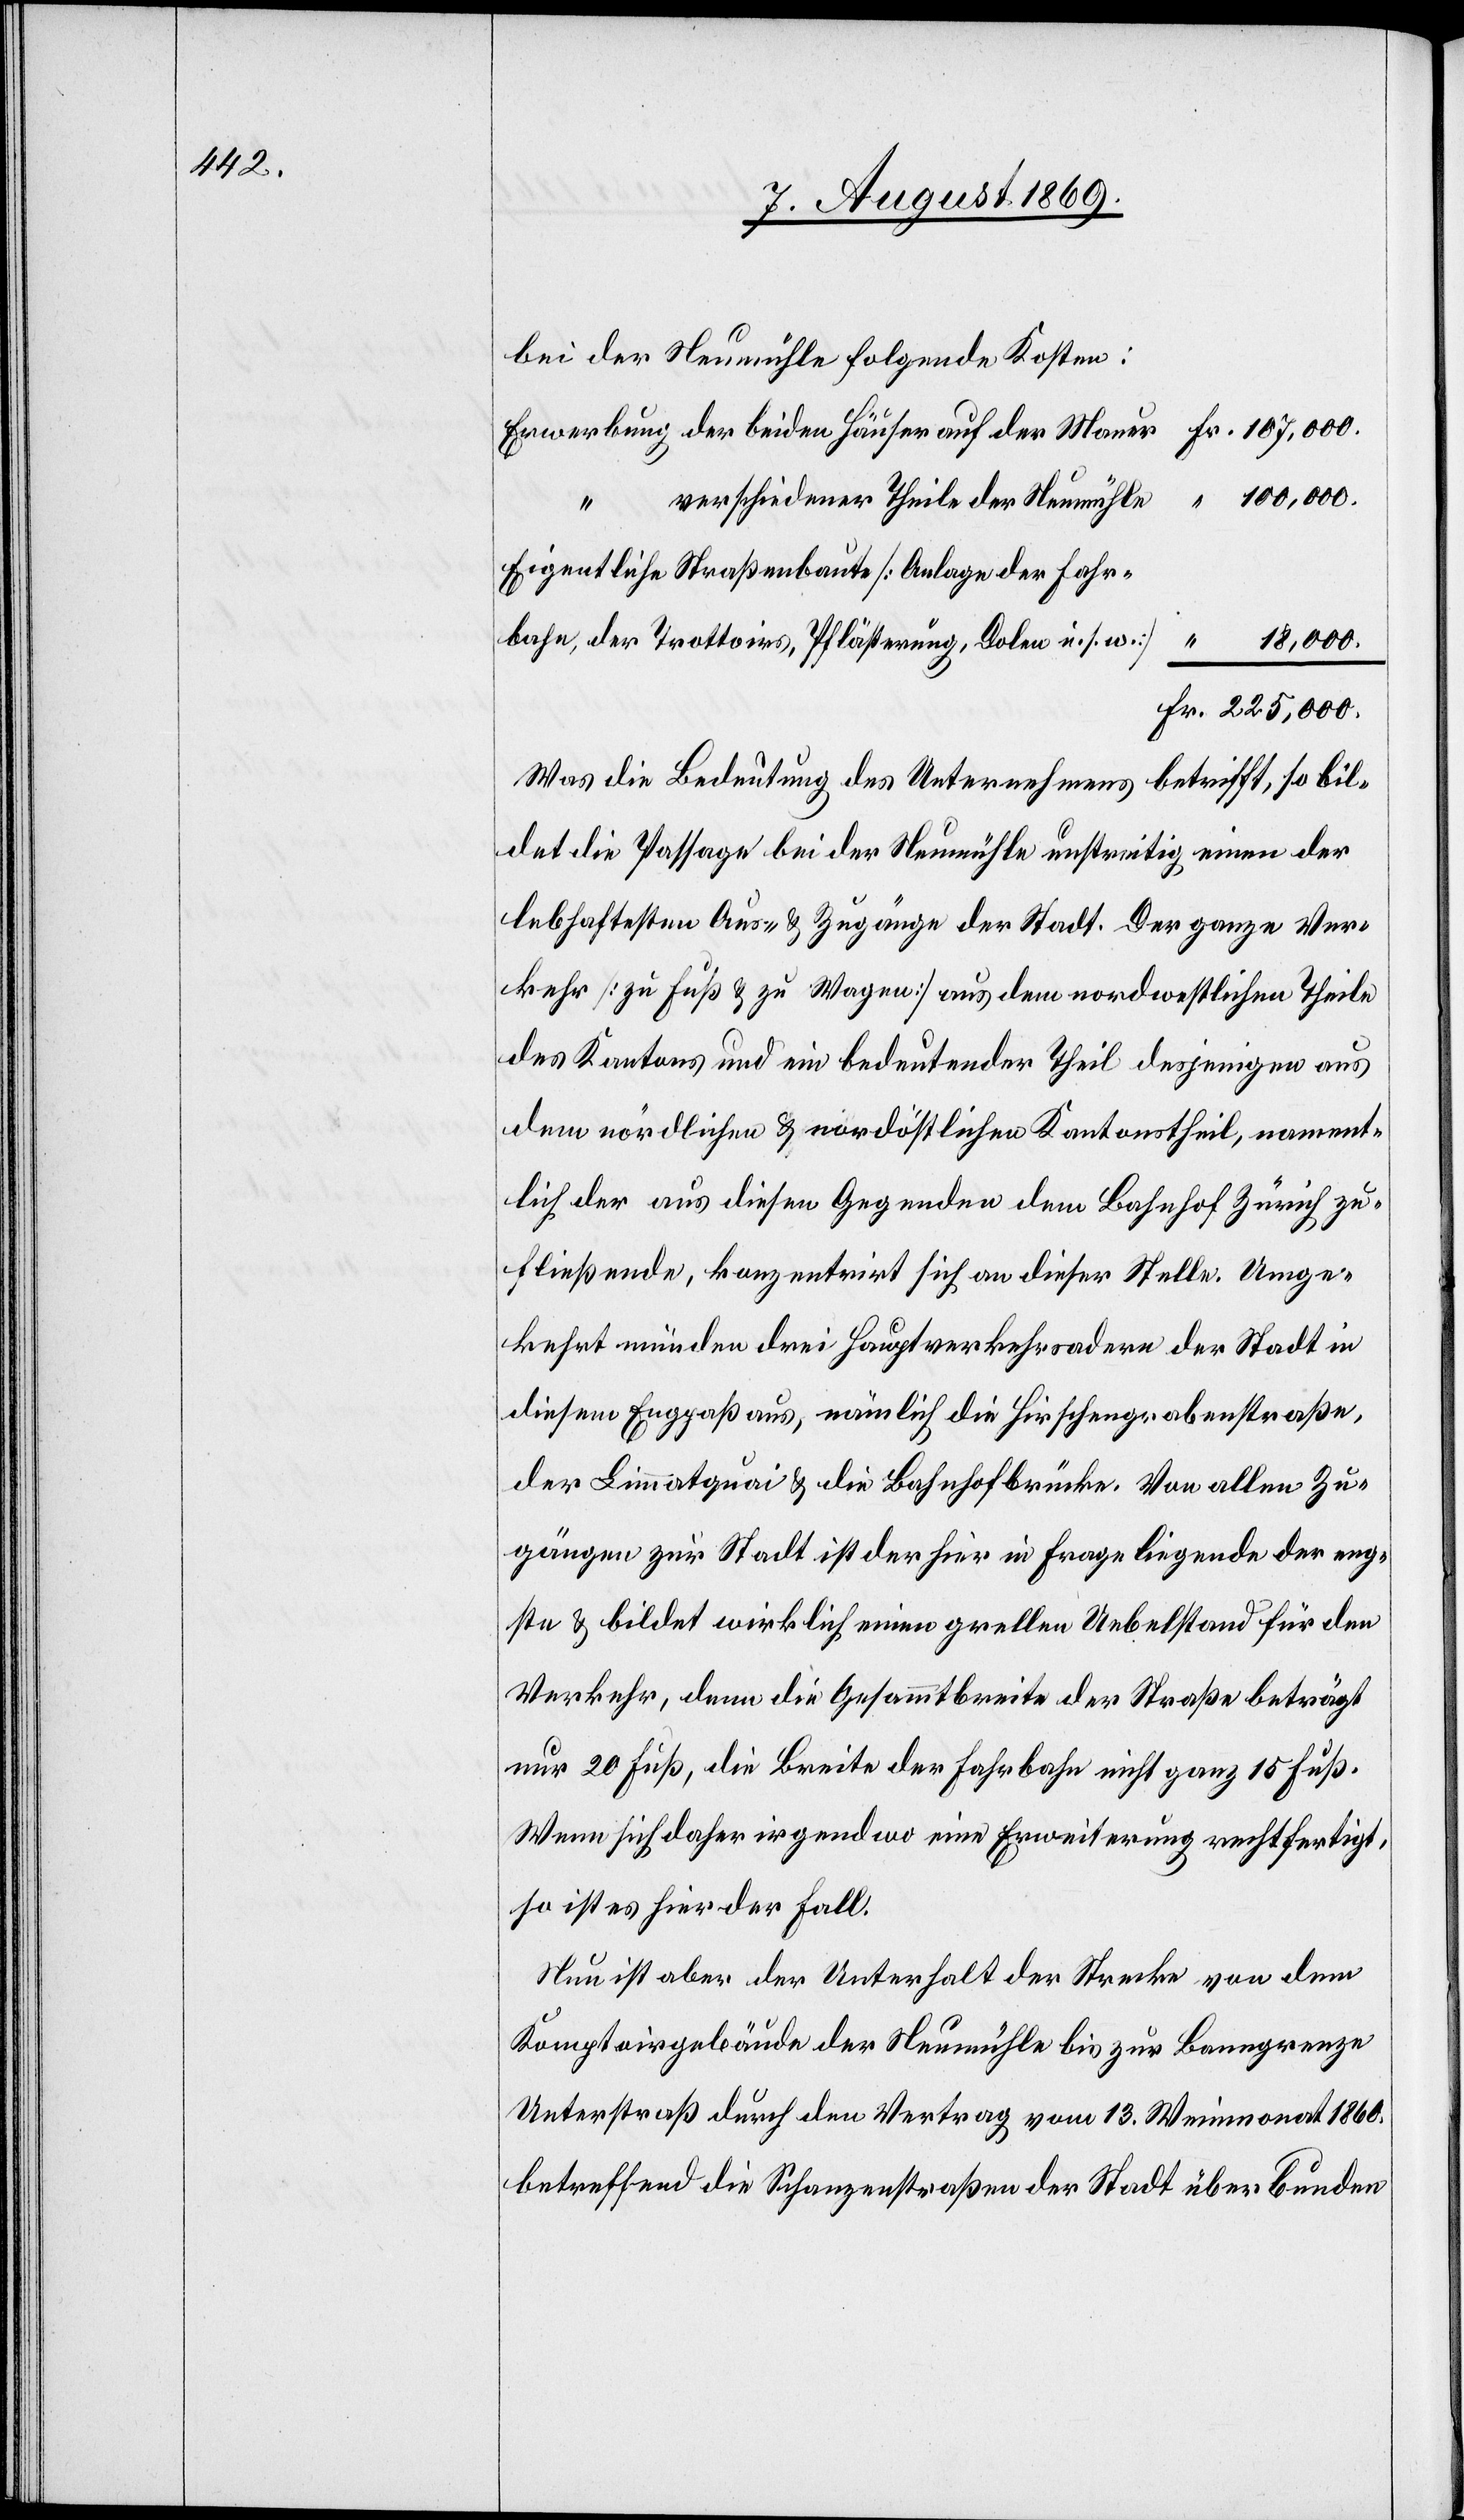
bei der Neumühle folgende Kosten:
Fr. 107,000.
Erwerbung der beiden Häuser auf der Mauer
100,000.
verschiedener Theile der Neumühle
Eigentliche Straßenbaute [Anlage der Fahr¬
ich
bahn, der Trottoirs, Pflästerung, Dolen u. s. w.]
18,000.
Fr. 225,000.
Was die Bedeutung des Unternehmens betrifft, so bil¬
det die Passage bei der Neumühle unstreitig einen der
lebhaftesten Aus- & Zugänge der Stadt. Der ganze Ver¬
kehr [zu Fuß & zu Wagen] aus dem nordwestlichen Theile
des Kantons und ein bedeutender Theil desjenigen aus
dem nördlichen & nordöstlichen Kantonstheil, namentl¬
auch der aus diesen Gegenden dem Bahnhof Zürich zu¬
fließende, konzentrirt sich an dieser Stelle. Umge¬
kehrt münden drei Hauptverkehrsadern der Stadt in
diesem Engpaß aus, nämlich die Hirschengrabenstraße,
der Limmatquai & die Bahnhofbrücke. Von allen Zu¬
gängen zur Stadt ist der hier in Frage liegende der eng¬
ste & bildet wirklich einen grellen Uebelstand für den
Verkehr, denn die Gesammtbreite der Straße beträgt
nur 20 Fuß, die Breite der Fahrbahn nicht ganz 15 Fuß.
Wenn sich daher irgendwo eine Erweiterung rechtfertigt,
so ist es hier der Fall.
Nun ist aber der Unterhalt der Straße von dem
Komptoirgebäude der Neumühle bis zur Banngrenze
Unterstraß durch den Vertrag vom 13. Weinmonat 1860,
betreffend die Schanzenstraßen der Stadt überbunden